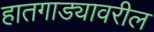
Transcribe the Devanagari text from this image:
हातगाड्यावरील